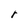
Character: r